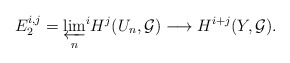
\begin{align*} E_2^{i,j}=\varprojlim_n\!{}^i H^j(U_n,\mathcal{G})\longrightarrow H^{i+j}(Y,\mathcal{G}). \end{align*}